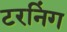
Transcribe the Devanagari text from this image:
टरनिंग